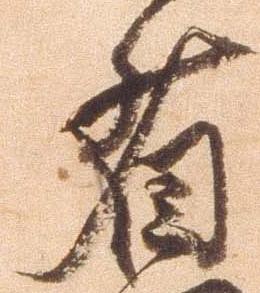
省